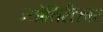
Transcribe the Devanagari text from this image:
ज्योतिरीश्‍वर